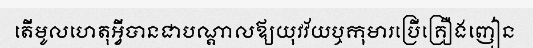
តើមូលហេតុអ្វីបានជាបណ្តាលឪ្យយុវវ័យឬកុមារប្រើគ្រឿងញៀន